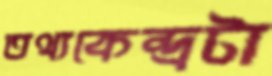
তথ্যকেন্দ্রটা